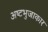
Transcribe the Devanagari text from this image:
अष्‍टभुजाकार